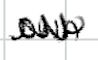
Text: own
Cross-out: mix
Writing tool: digital_black